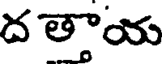
ద తాయ